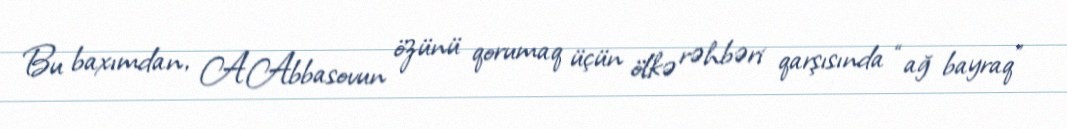
Bu baxımdan, A.Abbasovun özünü qorumaq üçün ölkə rəhbəri qarşısında “ağ bayraq”